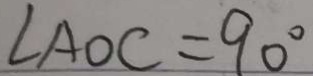
\angle A O C = 9 0 ^ { \circ }